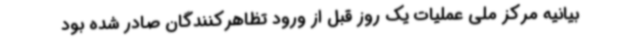
بیانیه مرکز ملی عملیات یک روز قبل از ورود تظاهرکنندگان صادر شده بود